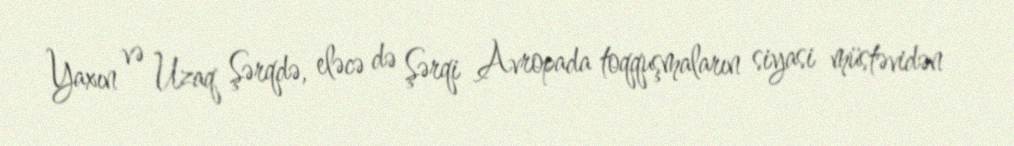
Yaxın və Uzaq Şərqdə, eləcə də Şərqi Avropada toqquşmaların siyasi müstəvidən